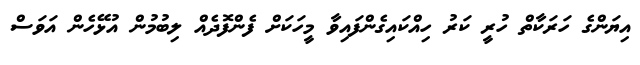
އިޔަންގެ ހަރަކާތް ހުރީ ކަރު ހިއްކައިގެންފައިވާ މީހަކަށް ފެންފޮދެއް ލިބުމުން އުޅޭހެން އަވަސް